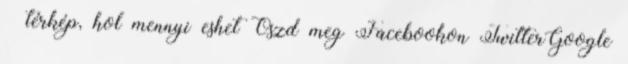
– térkép, hol mennyi eshet Oszd meg Facebookon TwitterGoogle